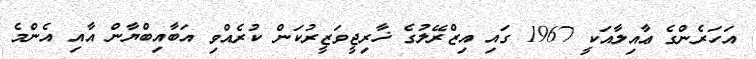
އަހަރެންގެ ޢާއިލާއަކީ 1967 ގައި އިޒްރޭލުގެ ޚާރިޖީވަޒީރުކަން ކުރެއްވި އަބާއިބްޔާން އާއި އެންމެ